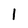
Character: l